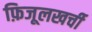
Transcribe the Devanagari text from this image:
फ़िजूलखर्ची